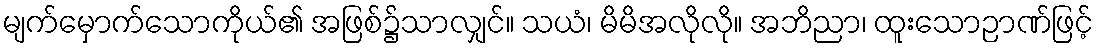
မျက်မှောက်သောကိုယ်၏ အဖြစ်၌သာလျှင်။ သယံ၊ မိမိအလိုလို။ အဘိညာ၊ ထူးသောဉာဏ်ဖြင့်